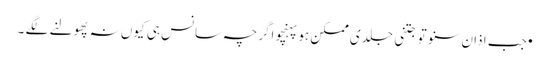
•جب اذان سنو تو جتنی جلدی ممکن ہو پہنچو اگرچہ سانس ہی کیوں نہ پھولنے لگے ۔